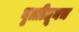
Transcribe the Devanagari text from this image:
वृत्तीतूनच